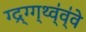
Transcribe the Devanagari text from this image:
ग्द्र्ग्ग्थ्व्॑व्॑वे